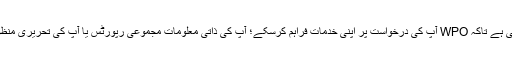
تاہم، آپ کی ذاتی معلومات تک رسائی صرف “جاننے کی ضرورت” کی بنیاد پر ہی فراہم کی جاسکتی ہے تاکہ WPO آپ کی درخواست پر اپنی خدمات فراہم کرسکے؛ آپ کی ذاتی معلومات مجموعی رپورٹس یا آپ کی تحریری منظوری کے بغیر بلاشناخت شکل کے علاوہ کسی بھی دوسرے فرد یا ادارہ کو منتقل نہیں کی جائیں گی۔